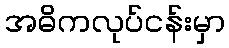
အဓိကလုပ်ငန်းမှာ